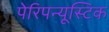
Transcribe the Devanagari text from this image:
पेरिपन्यूस्टिक